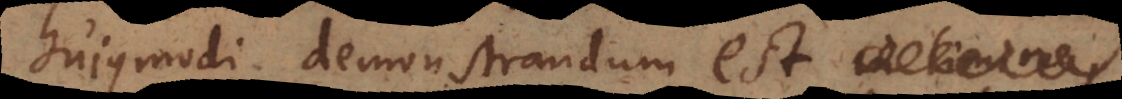
hujusmodi demonstrandum est